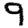
Digit: 9